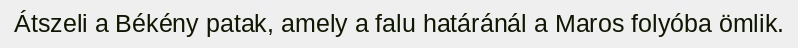
Átszeli a Békény patak, amely a falu határánál a Maros folyóba ömlik.